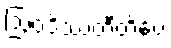
ဩဝဒိဿတီတိပေ